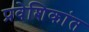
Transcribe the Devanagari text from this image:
प्रवेशिकांत